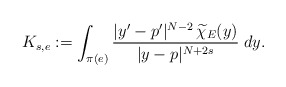
\begin{align*}K_{s,e}:=\int_{\pi(e)}\frac{|y'-p'|^{N-2}\,\widetilde{\chi}_E(y)}{|y-p|^{N+2s}}\;dy.\end{align*}